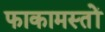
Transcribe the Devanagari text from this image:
फाकामस्तों